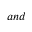
a n d